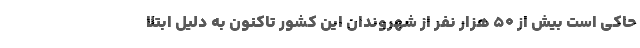
حاکی است بیش از 50 هزار نفر از شهروندان این کشور تاکنون به دلیل ابتلا